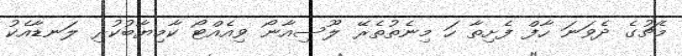
މެޗުގެ ދެވަނަ ހާފް ފެށިތާ ހަ މިނެތުތެރޭ ލޫސިއާނޯ ވިއެއްޓޯ ކާމިޔާބުކުރި ލަނޑާއެކު